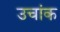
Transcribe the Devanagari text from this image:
उचांक